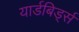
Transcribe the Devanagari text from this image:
यार्डबिर्ड्स